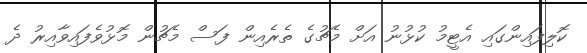
ކޮލިފައިންގައި އެޓީމު ކުޅުނު އަށް މެޗުގެ ތެރެއިން ފަސް މެޗުން މޮޅުވެފައިވާއިރު ދެ